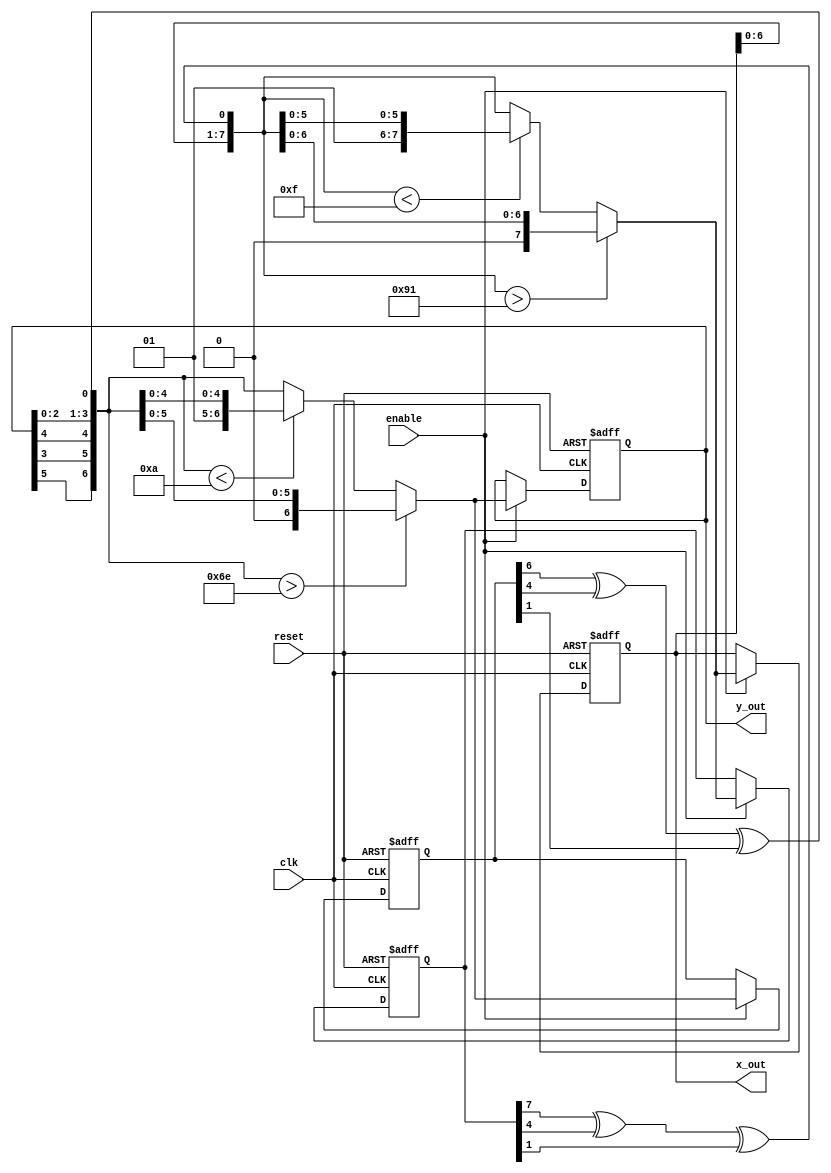
// Random (x,y) coordinate generator

module lfsr (
	output reg [7:0] x_out ,
	output reg [6:0] y_out,
	input enable,  
	input clk,  
	input reset              
  );
  
  reg [7:0] temp_x;
  reg [6:0] temp_y;
  
   wire   linear_feedback_x;
   assign linear_feedback_x =  (temp_x[7] ^ temp_x[4] ^ temp_x[1]);
	
	wire linear_feedback_y;
	assign linear_feedback_y =  (temp_y[6] ^ temp_y[4] ^ temp_y[1]);
  
  always @(posedge clk, negedge reset)
  
  if (~reset) 
  begin
    x_out <= 8'd25;
	 y_out <= 7'd40;
	 temp_x = 8'd25;
	 temp_y = 7'd40;
  end 
  
  else begin
  
  if (enable)
  begin
    temp_x = {x_out[6], x_out[5], x_out[4], x_out[3], x_out[2], x_out[1],
            x_out[0], linear_feedback_x};
	 temp_y = {y_out[5], y_out[3], y_out[4], y_out[2], y_out[1],
            y_out[0], linear_feedback_y};
				
		if (temp_x > 145) begin
			temp_x = {1'b0, temp_x[6:0]};
			x_out = temp_x;
		end

		else if (temp_x < 15) begin
			temp_x = {2'b01, temp_x[5:0]};
			x_out = temp_x;
		end
  
		else 
			x_out = temp_x;
  
		if (temp_y > 110) begin
			temp_y = {1'b0, temp_y[5:0]};
			y_out = temp_y;
		end
	
		else if (temp_y < 10) begin
			temp_y = {2'b01, temp_y[4:0]};
			y_out = temp_y;
		end
  
		else
			y_out = temp_y;
		end
  end 
  
 endmodule